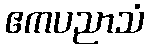
ဧကပညာသံ